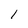
Character: l